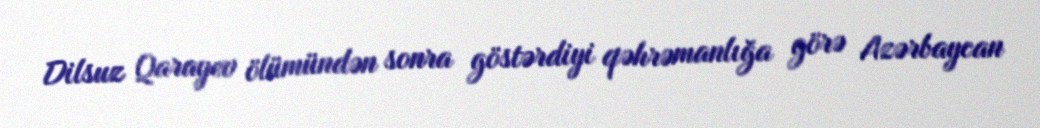
Dilsuz Qarayev ölümündən sonra göstərdiyi qəhrəmanlığa görə Azərbaycan